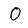
Character: O